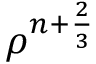
{ \rho } ^ { n + \frac { 2 } { 3 } }